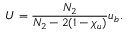
U = \frac { N _ { 2 } } { N _ { 2 } - 2 ( 1 - \chi _ { u } ) } u _ { b } .